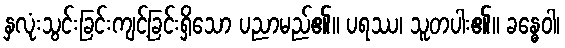
နှလုံးသွင်းခြင်းကျင့်ခြင်းရှိသော ပညာမည်၏။ ပရဿ၊ သူတပါး၏။ ခန္ဓေဝါ၊